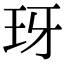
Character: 玡